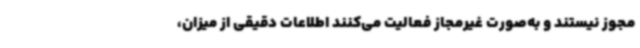
مجوز نیستند و به‌صورت غیرمجاز فعالیت می‌کنند اطلاعات دقیقی از میزان،